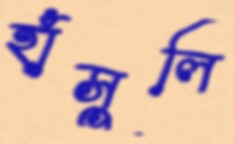
হাঁসুলি